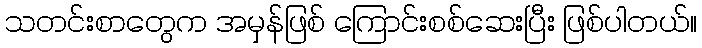
သတင်းစာတွေက အမှန်ဖြစ် ကြောင်းစစ်ဆေးပြီး ဖြစ်ပါတယ်။